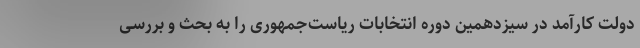
دولت کارآمد در سیزدهمین دوره انتخابات ریاست‌جمهوری را به بحث و بررسی